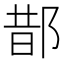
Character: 𨛳